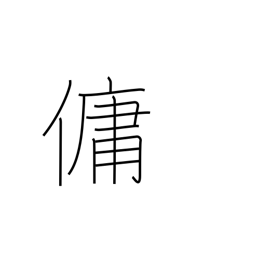
Meaning: employ